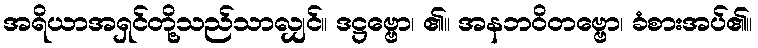
အရိယာအရှင်တို့သည်သာလျှင်။ ဒဋ္ဌဗ္ဗော၊ ၏။ အနဘဝိတဗ္ဗော၊ ခံစားအပ်၏။